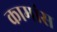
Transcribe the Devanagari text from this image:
कामांस